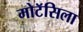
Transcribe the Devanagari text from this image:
मोटॅसिला